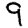
Digit: 9